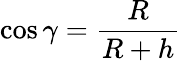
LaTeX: \cos\gamma={\frac{R}{R+h}}